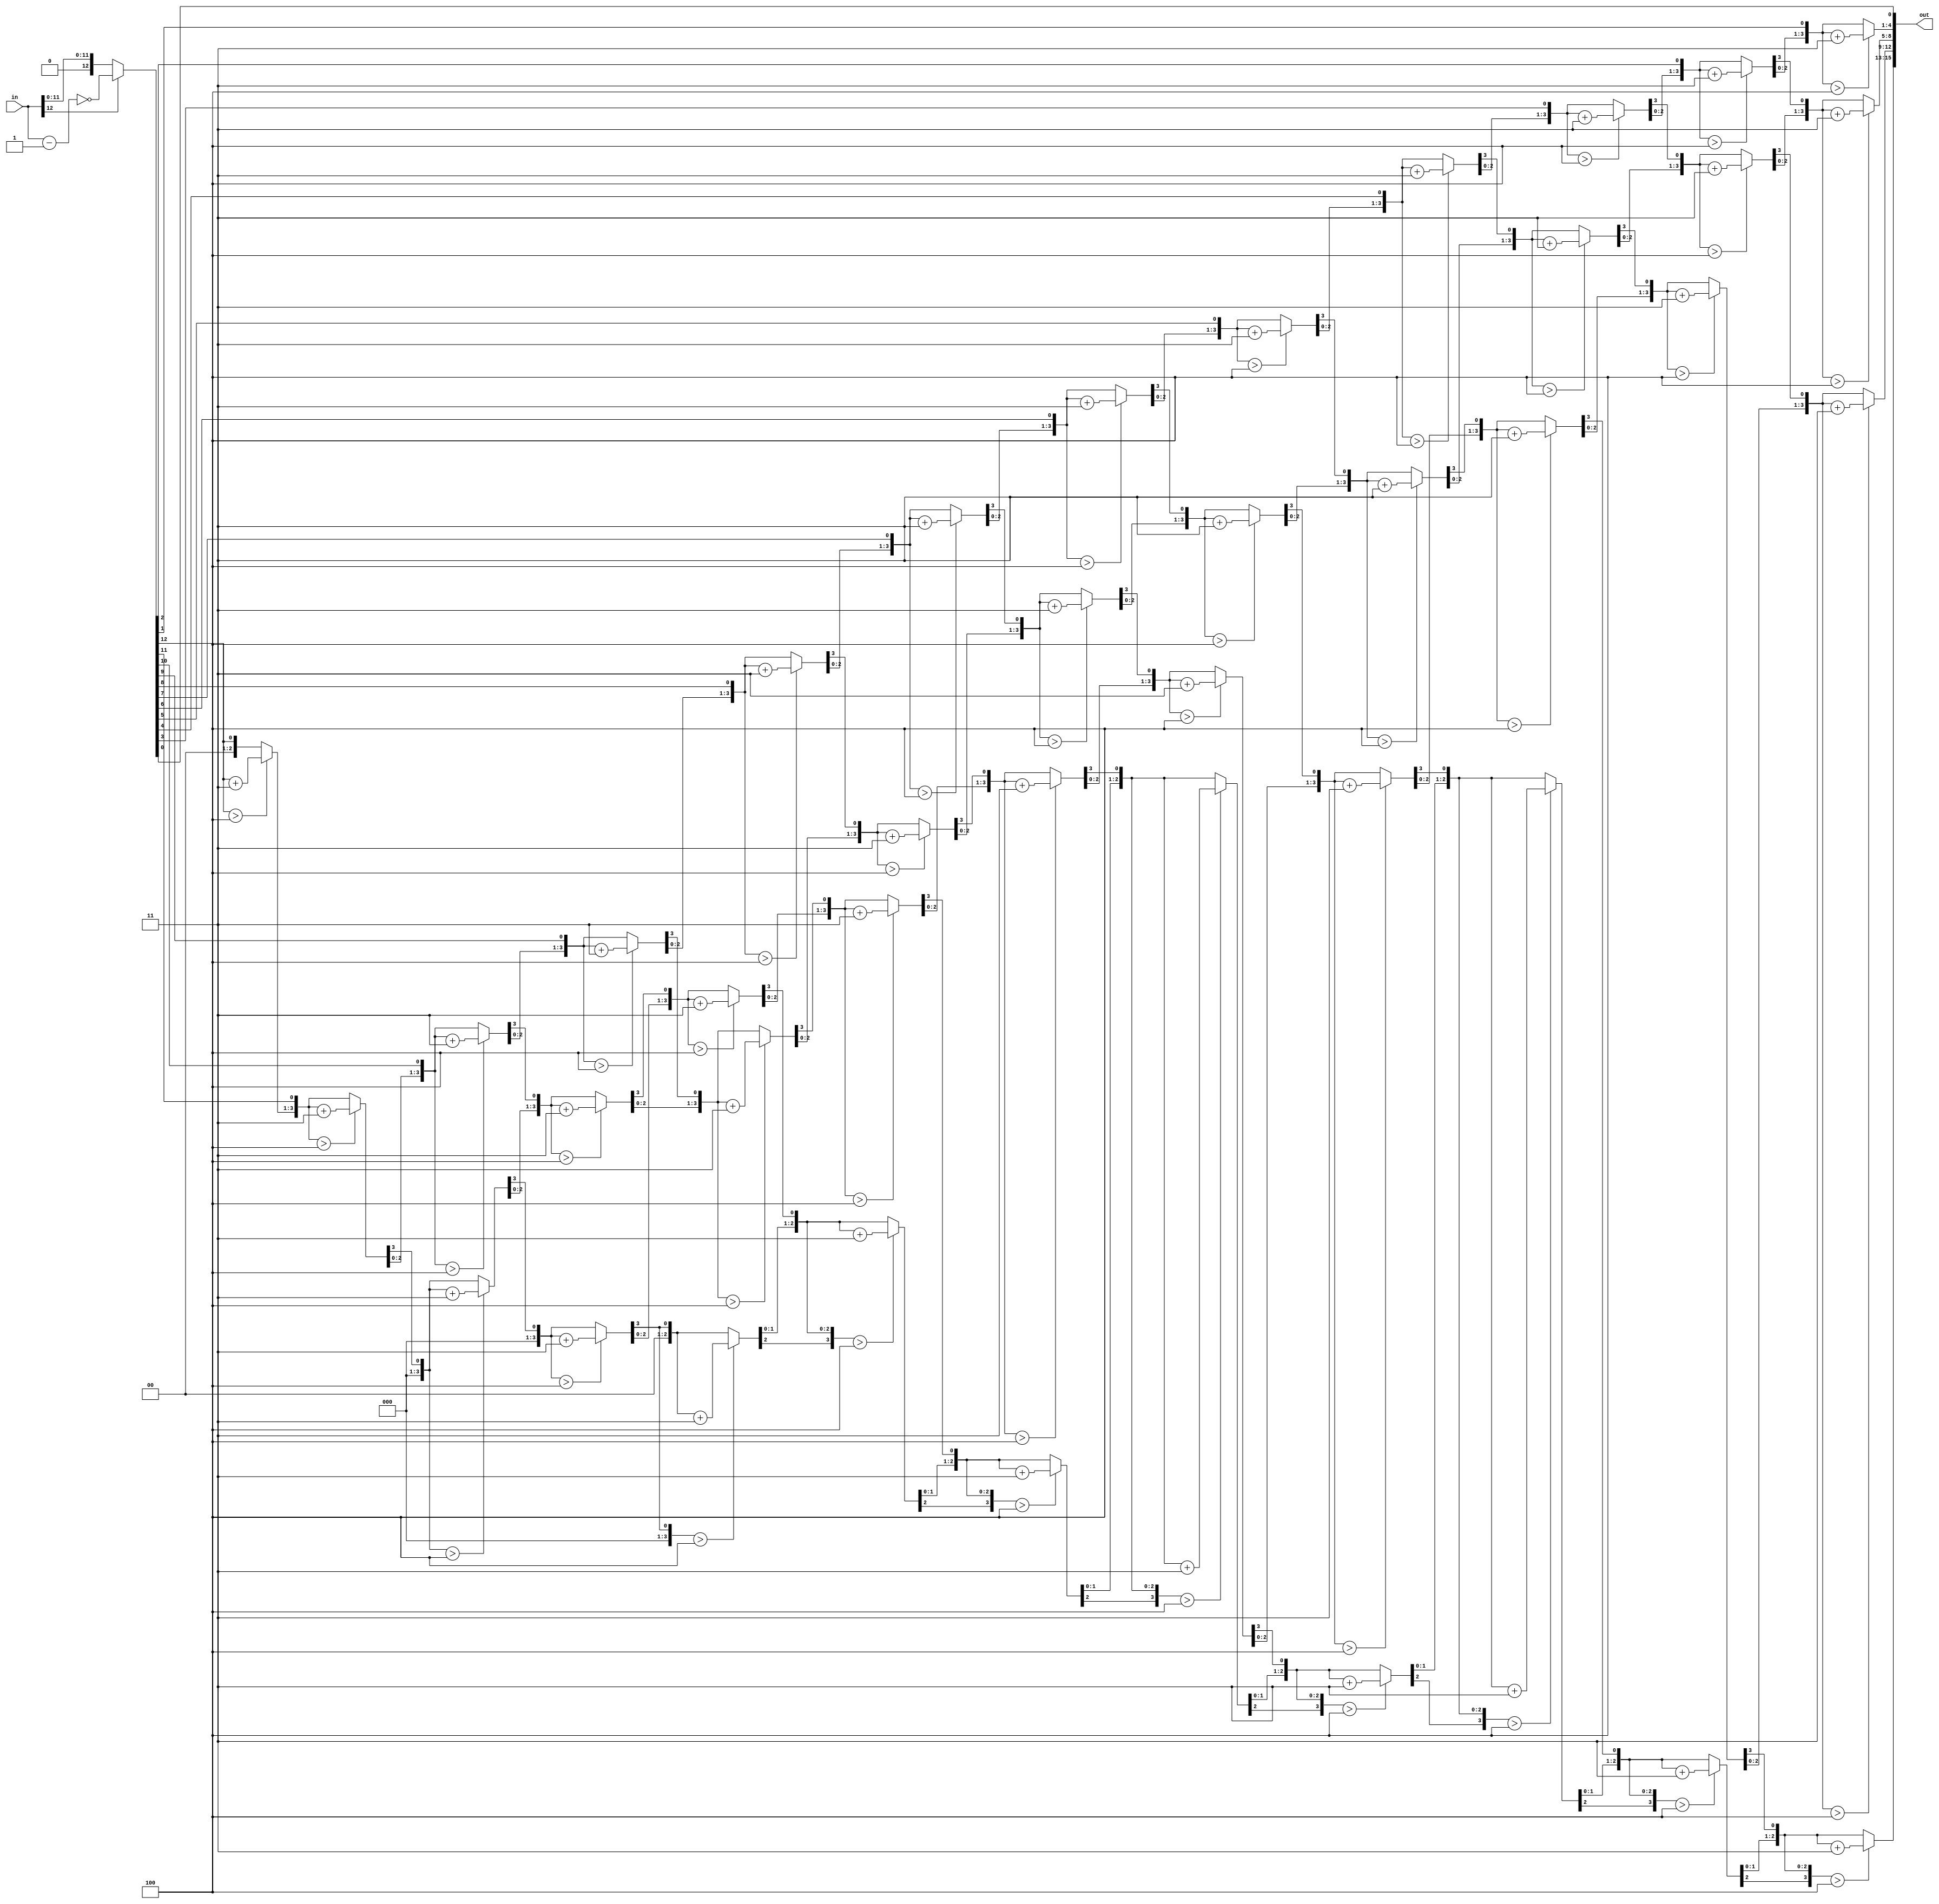
// EE20B007 Benstin Davis D
`timescale 1ns / 1ps
module BinToBCD (
    input [12:0]in,
    output [15:0]out
);

reg [28:0]sh;
reg [3:0]i;
wire [12:0]sin;
wire s;

assign s = in[12];
assign out = sh[28:13];
assign sin = in[12]?~(in-1):in;

always @(*) begin
    sh = {{(16){1'b0}},s?sin:in};
    for(i = 0;i < 12;i = i + 1)begin
        sh = sh<<1;
        if(sh[28:25] > 4)begin
            sh[28:25] = sh[28:25] + 4'b0011;
        end
        if(sh[24:21] > 4)begin
            sh[24:21] = sh[24:21] + 4'b0011;
        end
        
        if(sh[20:17] > 4)begin
            sh[20:17] = sh[20:17] + 4'b0011;
        end
        
        if(sh[16:13] > 4)begin
            sh[16:13] = sh[16:13] + 4'b0011;
        end
        $display("%b",sh);
    end
    sh = sh<<1;
end

endmodule